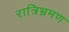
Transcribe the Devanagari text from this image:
रात्रिभ्रमण